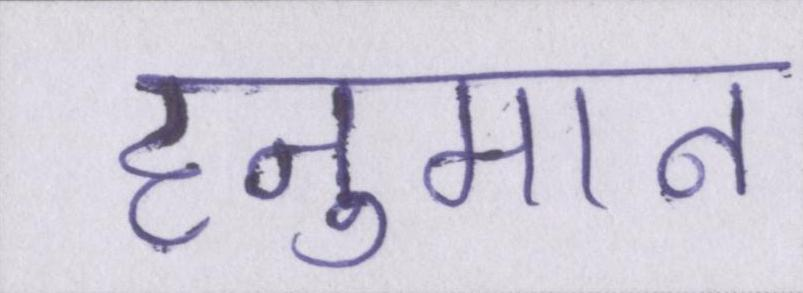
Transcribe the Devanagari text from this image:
हनुमान